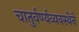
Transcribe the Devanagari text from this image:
चातुर्वर्ण्यव्यवस्थेने